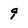
Character: 9